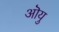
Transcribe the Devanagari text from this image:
ऒयु